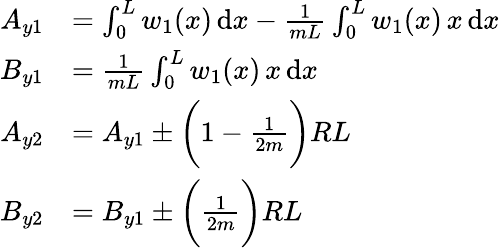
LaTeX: \begin{array}{rl}{A_{y1}}&{=\int_{0}^{L}w_{1}(x)\, \mathrm{d}x-\frac{1}{mL}\int_{0}^{L}w_{1}(x)\, x\, \mathrm{d}x}\\ {B_{y1}}&{=\frac{1}{mL}\int_{0}^{L}w_{1}(x)\, x\, \mathrm{d}x}\\ {A_{y2}}&{=A_{y1}\pm\bigg(1-\frac{1}{2m}\bigg)RL}\\ {B_{y2}}&{=B_{y1}\pm\bigg(\frac{1}{2m}\bigg)RL}\end{array}